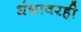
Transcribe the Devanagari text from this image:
धंद्यावरही